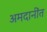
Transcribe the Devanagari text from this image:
अमदानींत